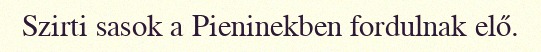
Szirti sasok a Pieninekben fordulnak elő.